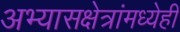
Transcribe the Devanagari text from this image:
अभ्यासक्षेत्रांमध्येही